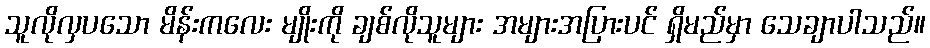
သူလိုလှပသော မိန်းကလေး မျိုးကို ချစ်လိုသူများ အများအပြားပင် ရှိမည်မှာ သေချာပါသည်။